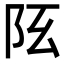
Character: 𨸞